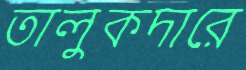
তালুকদারে